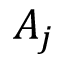
A _ { j }